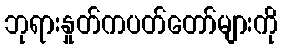
ဘုရားနှုတ်ကပတ်တော်များကို